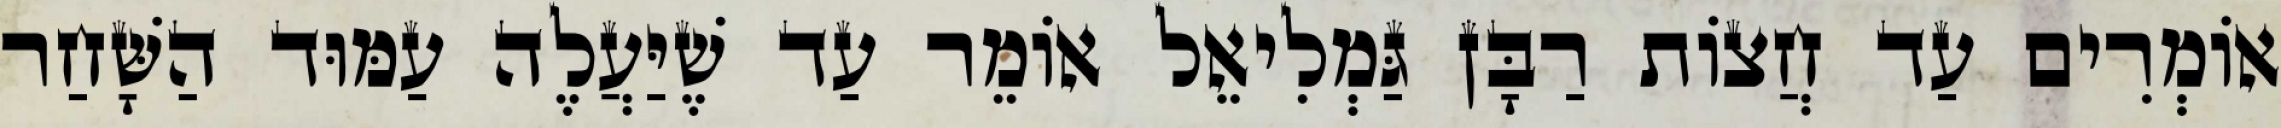
אוֹמְרִים עַד חֲצוֹת רַבָּן גַּמְלִיאֵל אוֹמֵר עַד שֶׁיַּעֲלֶה עַמּוּד הַשָּׁחַר